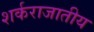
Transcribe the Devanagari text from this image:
शर्कराजातीय